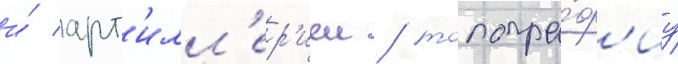
и́ арт'илл'ер'иеи / топогра́ф'иу